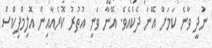
ނުދީ ވާނެ ކަމަށް އޭނަ ދެކެއެވެ. އޭނާ ވަނީ އުތުރު ކޮރެއާއިން އޮލިމްޕިކްސް